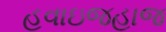
હવાઇજહાજ